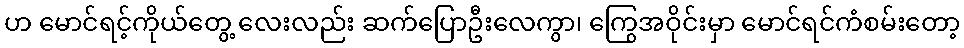
ဟ မောင်ရင့်ကိုယ်တွေ့ လေးလည်း ဆက်ပြောဦးလေကွာ၊ ကြွေအဝိုင်းမှာ မောင်ရင်ကံစမ်းတော့